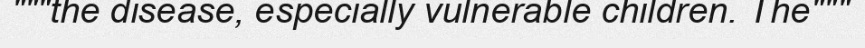
"""the disease, especially vulnerable children. The"""